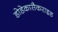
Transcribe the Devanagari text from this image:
डोडेकासैकराइड